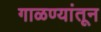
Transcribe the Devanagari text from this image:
गाळण्यांतून